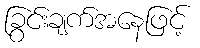
ခြွင်းချက်အနေဖြင့်